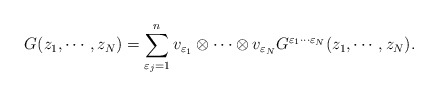
\begin{align*}G(z _1 , \cdots , z _N ) =\sum_{\varepsilon _j =1}^{n}v_{\varepsilon _1 } \otimes \cdots\otimes v_{\varepsilon _N }G^{\varepsilon _1 \cdots \varepsilon _N }(z _1 , \cdots , z_N ). \end{align*}